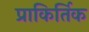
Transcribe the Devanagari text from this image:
प्राकिर्तिक